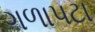
ગળાપટા